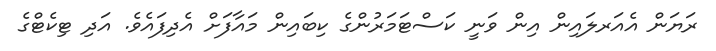
ރަޔަން އެއަރލައިން އިން ވަނީ ކަސްޓަމަރުންގެ ކިބައިން މައާފަށް އެދިފައެވެ. އަދި ޓިކެޓްގެ